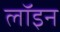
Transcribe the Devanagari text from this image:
लॉइन